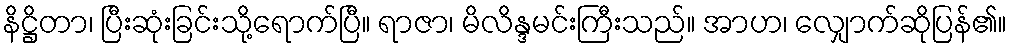
နိဋ္ဌိတာ၊ ပြီးဆုံးခြင်းသို့ရောက်ပြီ။ ရာဇာ၊ မိလိန္ဒမင်းကြီးသည်။ အာဟ၊ လျှောက်ဆိုပြန်၏။